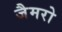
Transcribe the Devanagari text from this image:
जैमरो